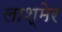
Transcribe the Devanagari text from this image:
लाश्मेर